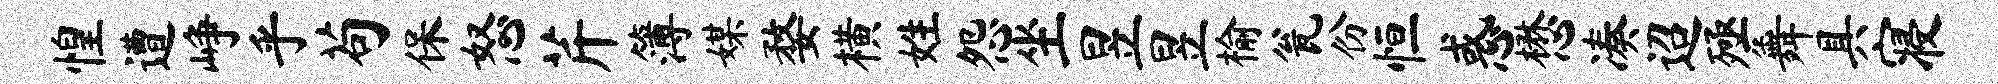
惶遭峥乎苟保怒芹簿媒婺横姓怨坐昱昱榆瓮份恒惑懋凑迢殛舞具寝